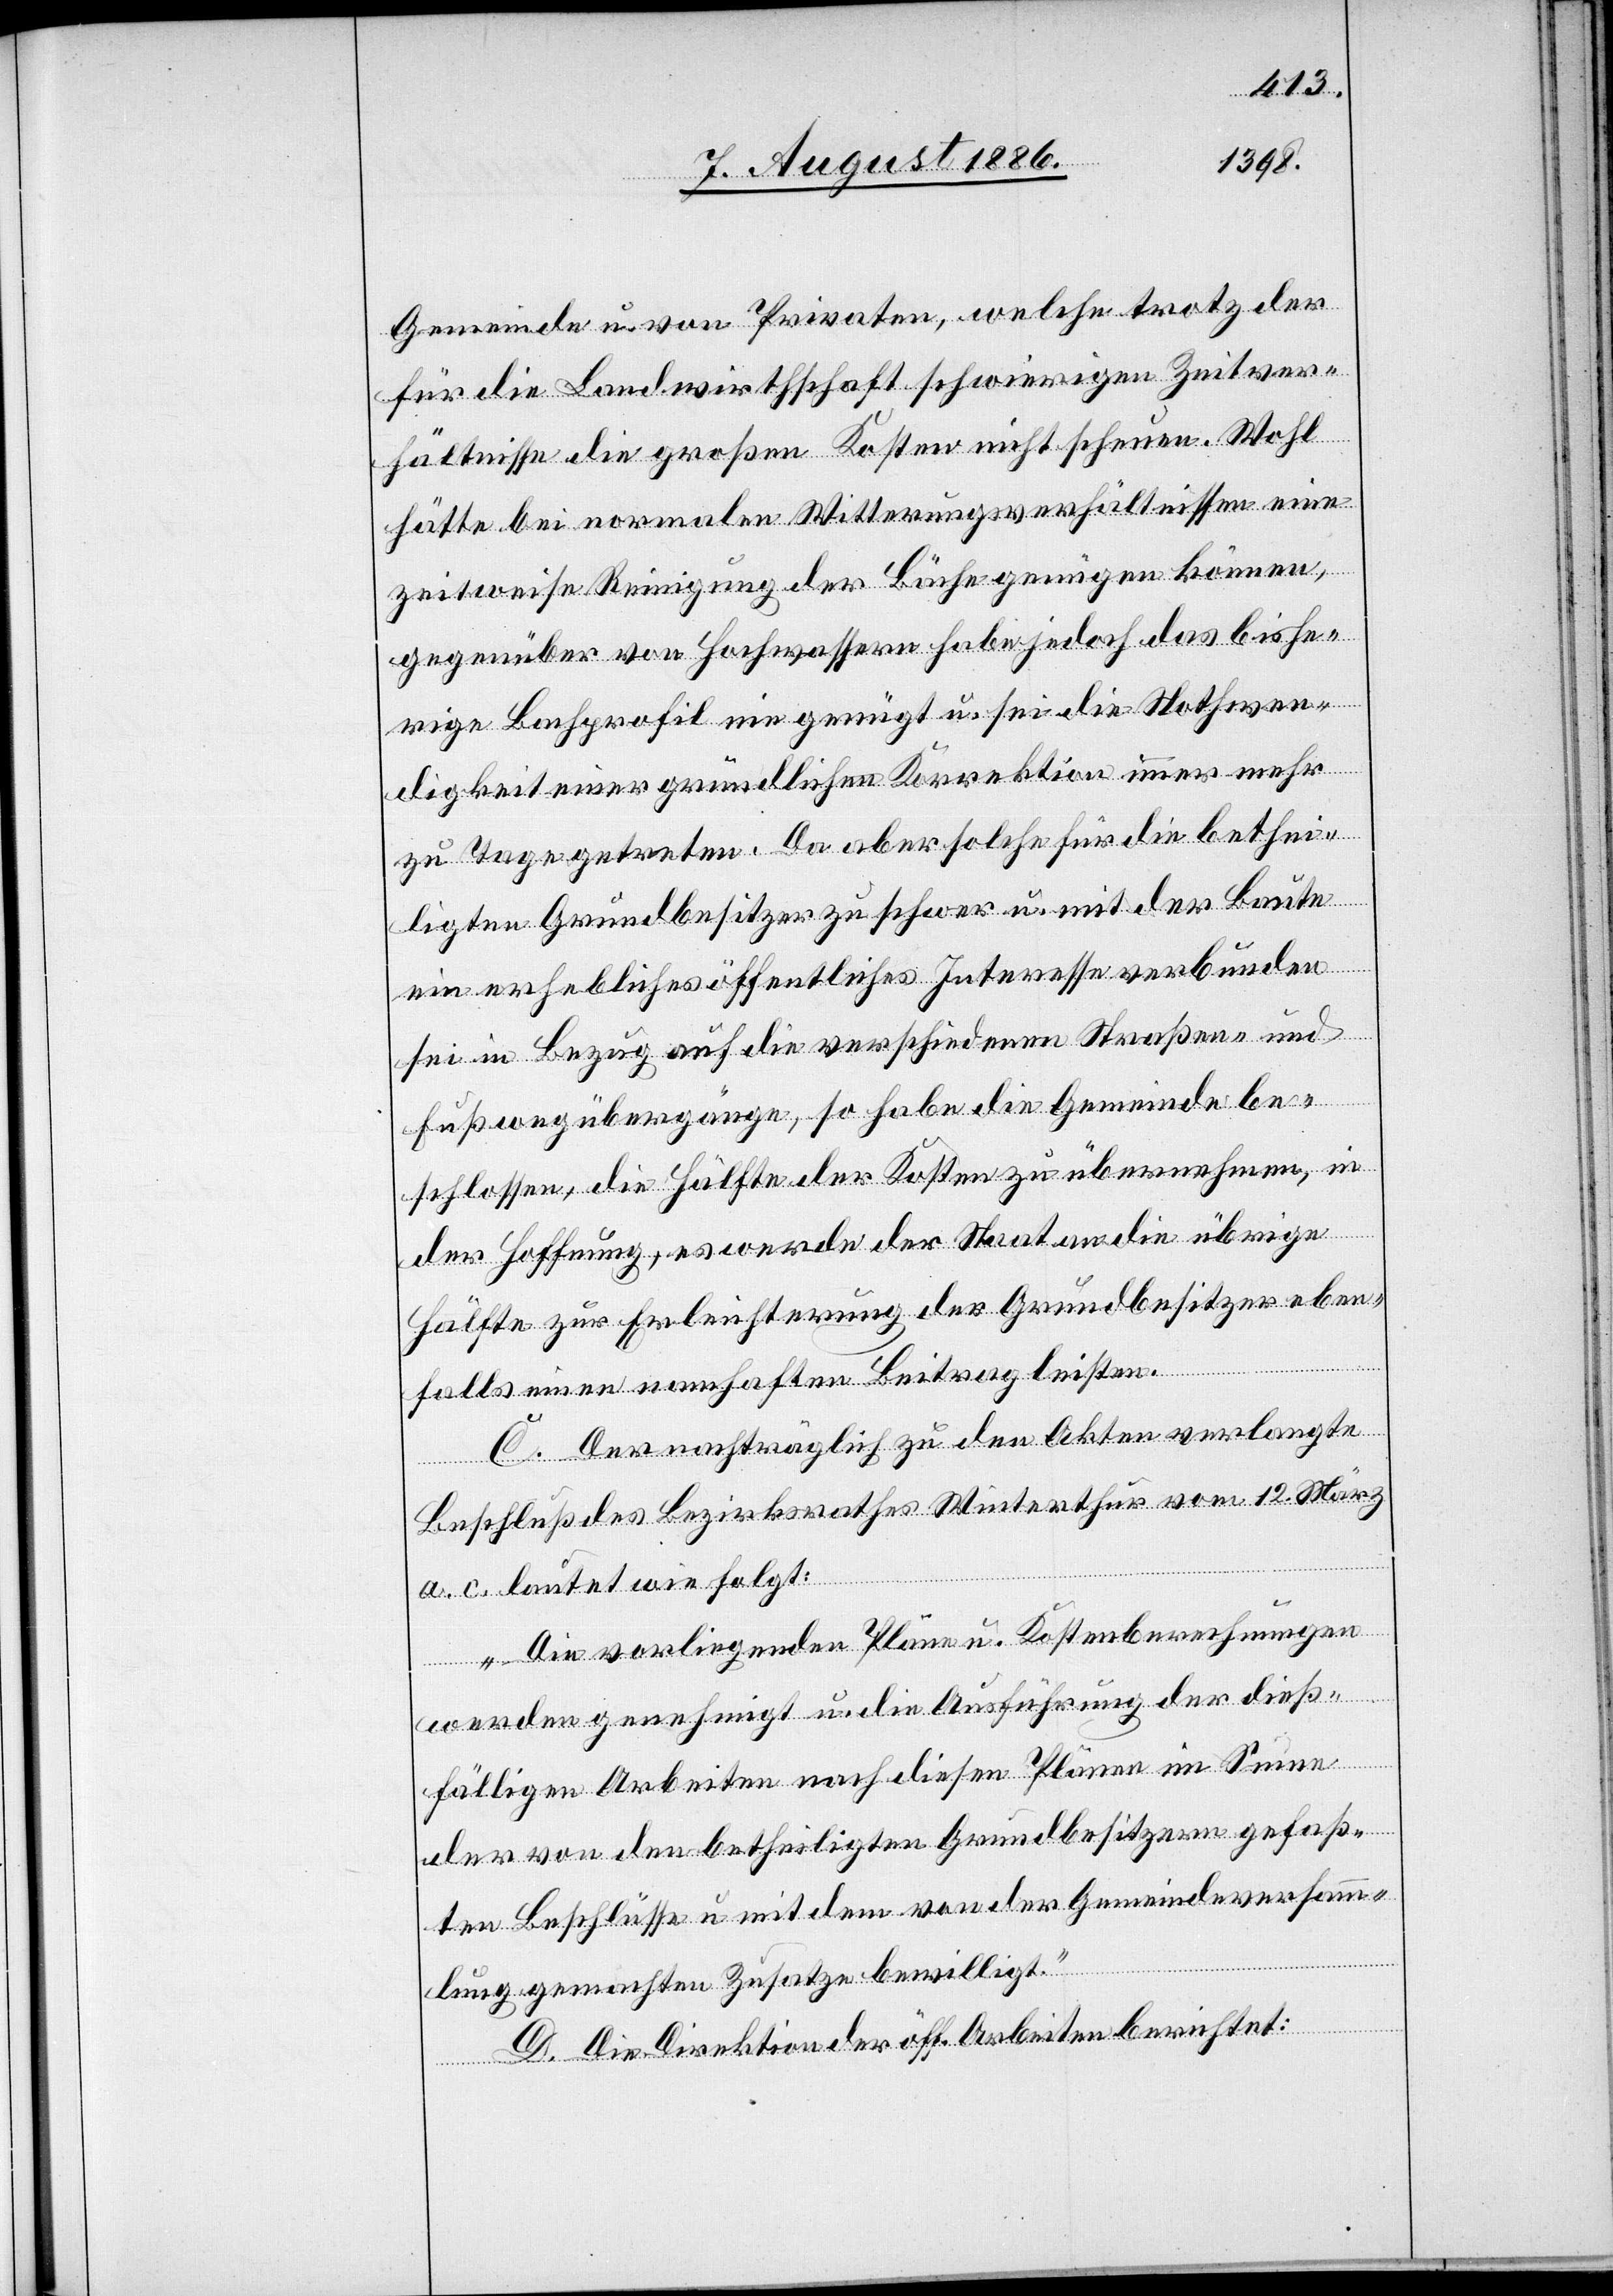
Gemeinde u. von Privaten, welche trotz der
für die Landwirthschaft schwierigen Zeitver¬
hältnisse die großen Kosten nicht scheuen. Wohl
hätte bei normalen Witterungsverhältnissen eine
zweitweise Reinigung der Bäche genügen können,
gegenüber von Hochwassern habe jedoch das bishe¬
rige Bachprofil nie genügt u. sei die Nothwen¬
digkeit einer gründlichen Korrektion immer mehr
zu Tage getreten. Da aber solche für die bethei¬
ligten Grundbesitzer zu schwer u. mit der Baute
ein erhebliches öffentliches Interesse verbunden
sei in Bezug auf die verschiedenen Straßen- und
Fußwegübergänge, so habe die Gemeinde be¬
schlossen, die Hälfte der Kosten zu übernehmen, in
der Hoffnung, es werde der Staat an die übrige
Hälfte zur Erleichterung der Grundbesitzer eben¬
falls einen namhaften Beitrag leisten.
C. Der nachträglich zu den Akten verlangte
Beschluß des Bezirksrathes Winterthur vom 12. März
a. c. lautet wie folgt:
„Die vorliegenden Pläne u. Kostenberechnungen
werden genehmigt u. die Ausführung der dieß¬
fälligen Arbeiten nach diesen Plänen im Sinne
der von den betheiligten Grundbesitzern gefaß¬
ten Beschlüsse u. mit dem von der Gemeindeversamm¬
lung gemachten Zusatze bewilligt.“
D. Die Direktion der öff. Arbeiten berichtet: